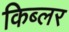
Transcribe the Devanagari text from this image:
किब्लर